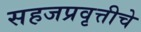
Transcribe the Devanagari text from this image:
सहजप्रवृत्तीचे